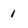
Character: 1